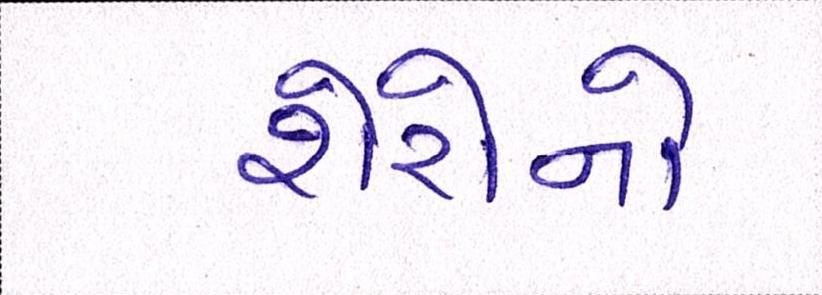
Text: શેરોનો